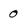
Character: 0